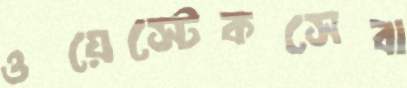
ওয়েস্টেকসেবা